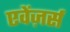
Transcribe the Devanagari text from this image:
एवेंज़र्स